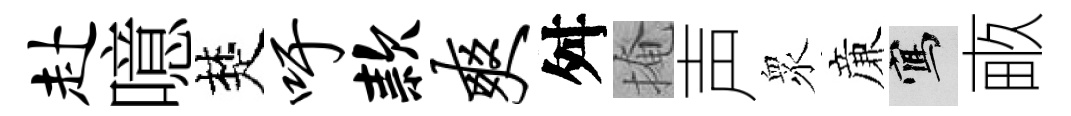
赴噫楚吁款爽舛掩声衆亷寫畞